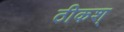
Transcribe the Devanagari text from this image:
ठीकश्